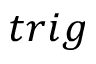
t r i g